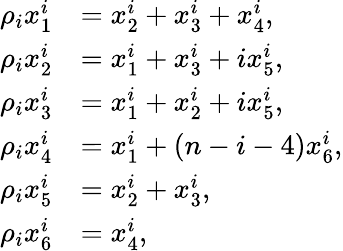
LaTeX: \begin{array}{rl}{\rho_{i}x_{1}^{i}}&{=x_{2}^{i}+x_{3}^{i}+x_{4}^{i},}\\ {\rho_{i}x_{2}^{i}}&{=x_{1}^{i}+x_{3}^{i}+ix_{5}^{i},}\\ {\rho_{i}x_{3}^{i}}&{=x_{1}^{i}+x_{2}^{i}+ix_{5}^{i},}\\ {\rho_{i}x_{4}^{i}}&{=x_{1}^{i}+(n-i-4)x_{6}^{i},}\\ {\rho_{i}x_{5}^{i}}&{=x_{2}^{i}+x_{3}^{i},}\\ {\rho_{i}x_{6}^{i}}&{=x_{4}^{i},}\end{array}